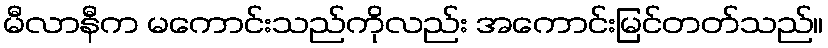
မီလာနီက မကောင်းသည်ကိုလည်း အကောင်းမြင်တတ်သည်။